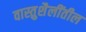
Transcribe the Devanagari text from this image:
वास्तुशैलींतील